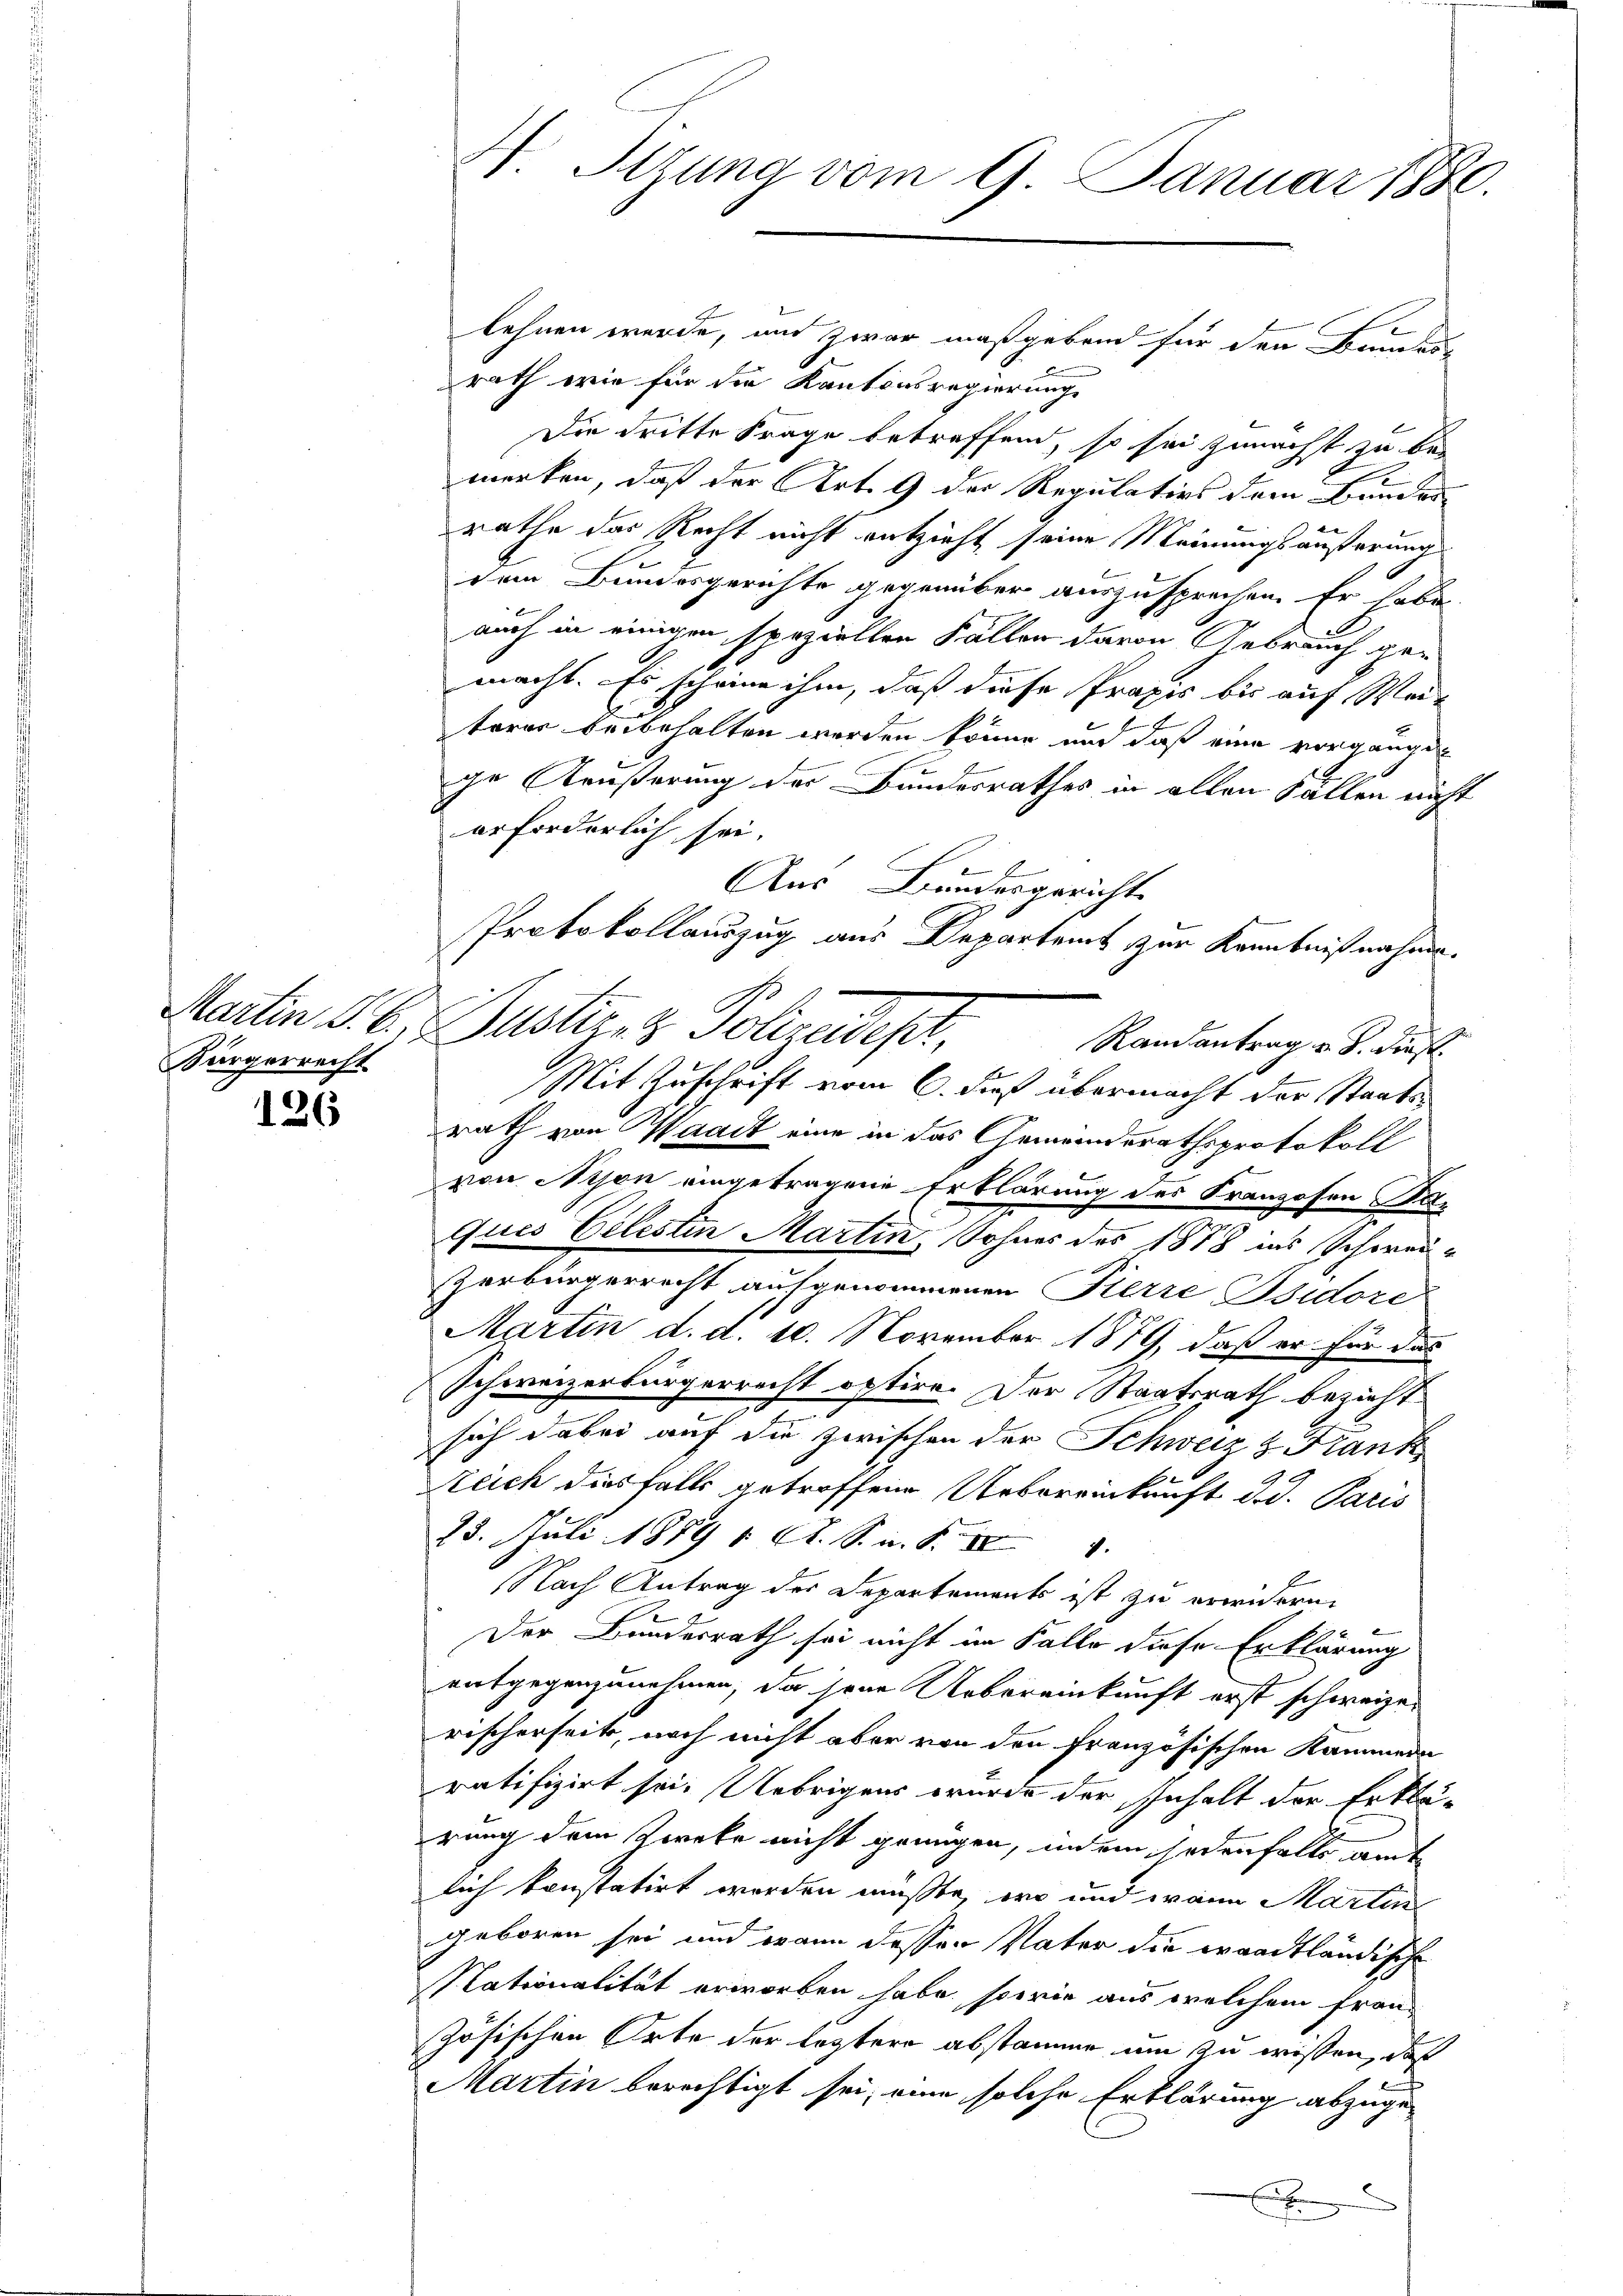
Bürgerrecht

126

lehnen werde, und zwar maßgebend für den Bundere
rath wie für die Kantonsregierung
Die dritte Frage betreffend, so sei zunächst zu be-
merken, daß der Art. 9 der Regulativs dem Bundes-
rathe das Recht nicht entzieht seine Meinungsäußerung
dem Bundesgerichte gegenüber auszusprechen. Er habe
auch in einigen speziellen Fällen davon Gebrauch gemacht. Es scheine ihm, daß diese Praxis bis auf Wei-
terer beibehalten werden könne und daß eine vorgange
ge Aeußerung der Bundesrathes in allen Fällen nicht
erforderlich sei.
E
Aus Bundesgericht
Protokollauszug aus Departeit zur Kenntnißnahme.
Randantrag u. S. dies
Mit Zuschrift vom 6. Fuß übermacht der Staatsrath von Waadt eine in das Gemeinderathsprotokoll
von Nison eingetragene Erklärung des Franzosen Ka-
ques Celesten Martin, Sohnes des 1888 ins Schweizerbürgerrecht aufgenommenen Pierre Isidore
Martin d. d. 10. November 1879, daß er für das
Schweizerbürgerrecht optire. Der Staatsrath bezieht
sich dabei auf die zwischen der Schweiz & Frank
Reich diesfalls getroffene Uebereinkunft d. d. Paris
25. Juli 1859 1. A. S. n. F. II 1
Nach Antrag der Departements ist zu erwidern
Der Bundesrath sei nicht im Falle diese Erklärung
entgegenzunehmen, da sein Uebereinkunft erst schweizerischerseits, noch nicht aber von den französischen Kammen
ratifizirt sei. Uebrigens wurde der Inhalt der Erklärung dem Zweke nicht grungen, indem jedenfalls amt
lich konstatirt worden mußte, wo und wann Martin
geboren sei, und wann dessen Vater die waadtländische
Nationalität erworben habe, sowie aus welchem französischen Orte der leztere abstämmer um zu wissen, daß
Martin berechtigt sei, eine solche Erklärung abzugex

H. Sitzung vom 9. Januar 1880.

Martin d. d. Justizez Polizeidest,